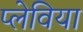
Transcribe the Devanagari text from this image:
प्लेविया